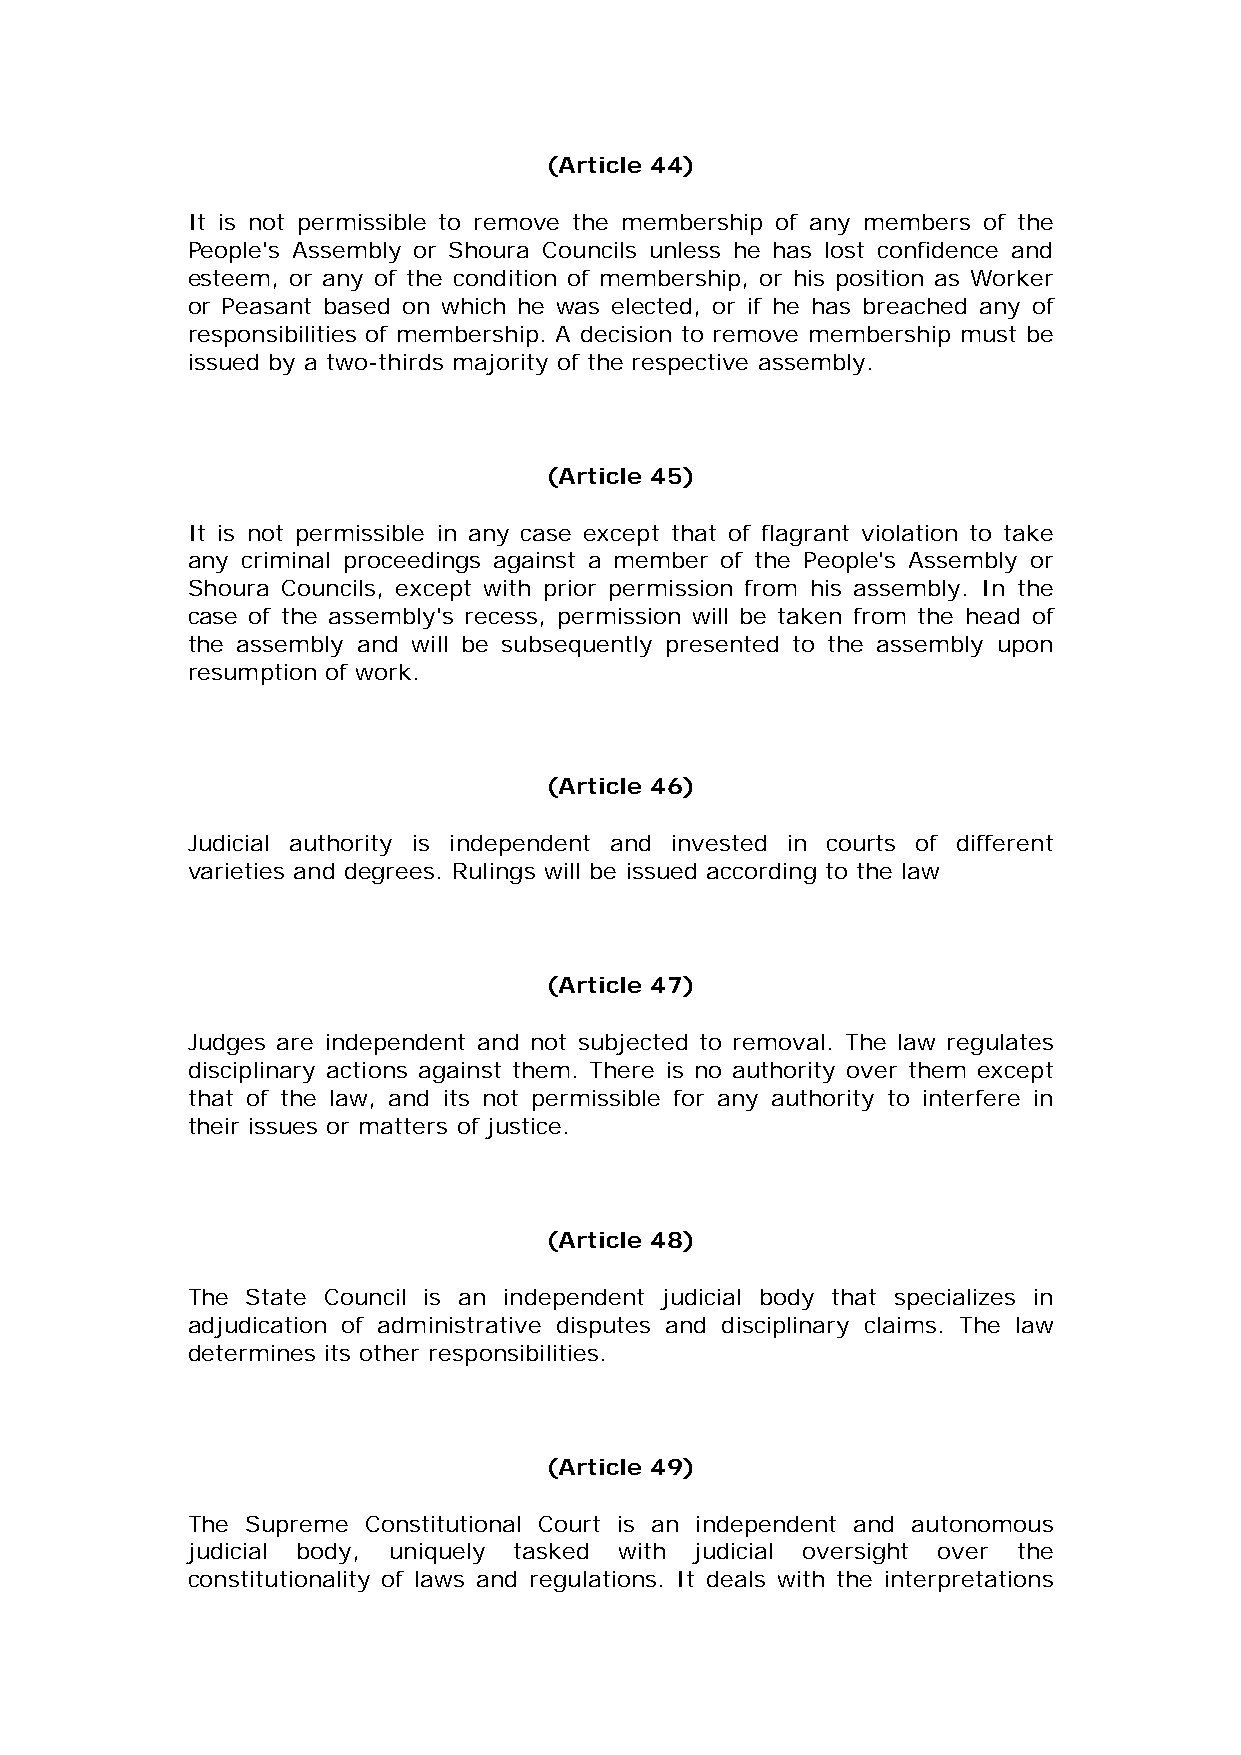
(Article 44)
 It is not permissible to remove the membership of any members of the
 People's Assembly or Shoura Councils unless he has lost confidence and
 esteem, or any of the condition of membership, or his position as Worker
 or Peasant based on which he was elected, or if he has breached any of
 responsibilities of membership. A decision to remove membership must be
 issued by a two-thirds majority of the respective assembly.
 (Article 45)
 It is not permissible in any case except that of flagrant violation to take
 any criminal proceedings against a member of the People's Assembly or
 Shoura Councils, except with prior permission from his assembly. In the
 case of the assembly's recess, permission will be taken from the head of
 the assembly and will be subsequently presented to the assembly upon
 resumption of work.
 (Article 46)
 Judicial authority is independent and invested in courts of different
 varieties and degrees. Rulings will be issued according to the law
 (Article 47)
 Judges are independent and not subjected to removal. The law regulates
 disciplinary actions against them. There is no authority over them except
 that of the law, and its not permissible for any authority to interfere in
 their issues or matters of justice.
 (Article 48)
 The State Council is an independent judicial body that specializes in
 adjudication of administrative disputes and disciplinary claims. The law
 determines its other responsibilities.
 (Article 49)
 The Supreme Constitutional Court is an independent and autonomous
 judicial body, uniquely tasked with judicial oversight over the
 constitutionality of laws and regulations. It deals with the interpretations